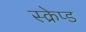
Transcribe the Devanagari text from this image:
स्क्रेप्ड